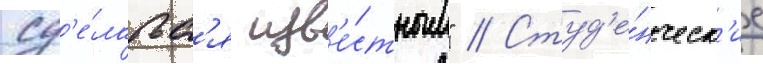
сд'е́латьс'я изв'е́стным" // Студ'е́нческ'ие